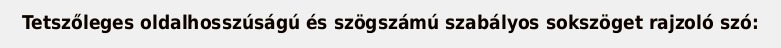
Tetszőleges oldalhosszúságú és szögszámú szabályos sokszöget rajzoló szó: